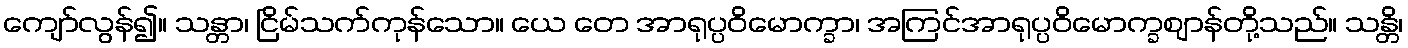
ကျော်လွန်၍။ သန္တာ၊ ငြိမ်သက်ကုန်သော။ ယေ တေ အာရုပ္ပဝိမောက္ခာ၊ အကြင်အာရုပ္ပဝိမောက္ခဈာန်တို့သည်။ သန္တိ၊